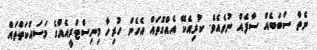
ނެތް ސަބަބެއް ސާފެއް ނުވެއެވެ. ކުރިއެކޭ އެއްގޮތައް އެހެން ހުރިހާ މިނިސްޓްރީއެއްގެ މަސައްކަތްތައް